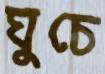
ঘুচে